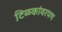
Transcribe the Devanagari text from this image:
टिळकांवरपण